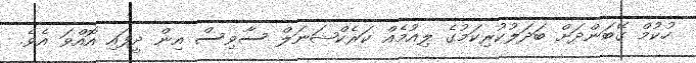
ހުކުމް ގޭބަންދަށް ބަދަލުކުރިކަމުގެ ލިއުމެއް ކަރެކްޝަނަލް ސާވިސް އިން ދީފައި އޮއްވަ އެވެ.